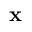
\mathbf { x }